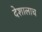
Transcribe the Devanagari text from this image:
देशालाच